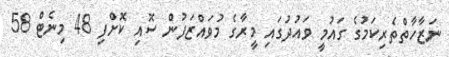
ނަޒާހާތްތެރިކަމުގެ ގައުމީ ވައުދުގައި މީރާގެ މުވައްޒަފުން ސޮއި ކޮށްފި 48 މިނެޓް 58